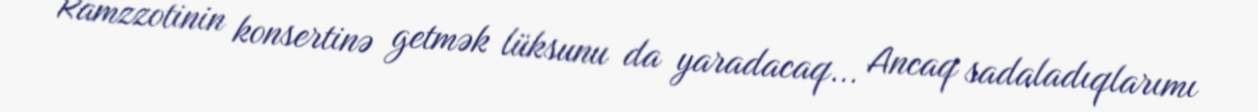
Ramzzotinin konsertinə getmək lüksunu da yaradacaq... Ancaq sadaladıqlarımı